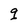
Character: g